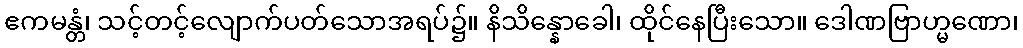
ဧကမန္တံ၊ သင့်တင့်လျောက်ပတ်သောအရပ်၌။ နိသိန္နောခေါ၊ ထိုင်နေပြီးသော။ ဒေါဏဗြာဟ္မဏော၊